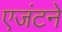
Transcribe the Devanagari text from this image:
एजंटने